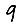
Digit: 9